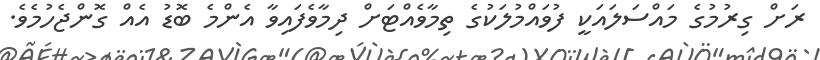
ރަށް ގިރުމުގެ މައްސަލައަކީ ފުވައްމުލަކުގެ ތިމާވެއްޓަށް ދިމާވެފައިވާ އެންމެ ބޮޑު އެއް ގޮންޖެހުމެވެ.